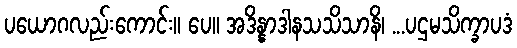
ပယောဂလည်းကောင်း။ ပေ။ အဒိန္နာဒါနသသိသာနိ၊ ...ပဌမသိက္ခာပဒံ